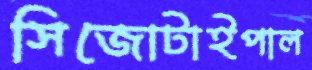
সিজোটাইপাল